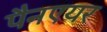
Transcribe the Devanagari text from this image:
पैनएयर